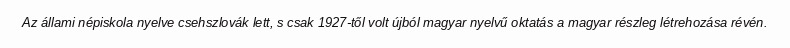
Az állami népiskola nyelve csehszlovák lett, s csak 1927-től volt újból magyar nyelvű oktatás a magyar részleg létrehozása révén.